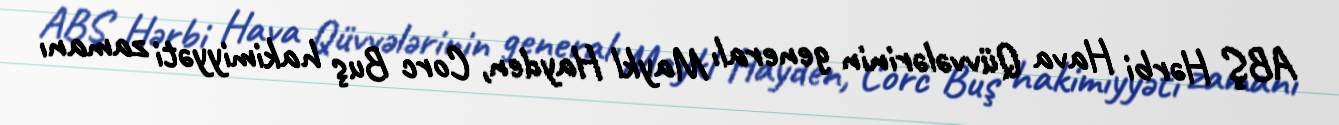
ABŞ Hərbi Hava Qüvvələrinin generalı Maykl Hayden, Corc Buş hakimiyyəti zamanı